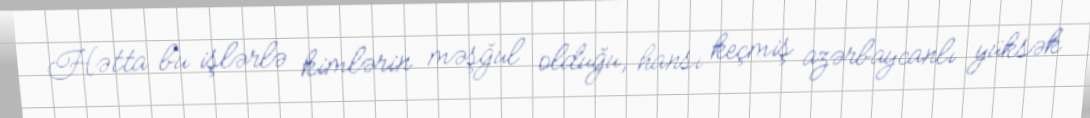
Hətta bu işlərlə kimlərin məşğul olduğu, hansı keçmiş azərbaycanlı yüksək